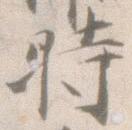
時